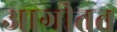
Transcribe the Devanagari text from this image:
आगीतत